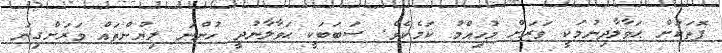
ފޮތަކަށް ޙަވާލާދިނުމަކީ ވަރަށް މުހިއްމު ކަމެކެވެ. ސަބަބަކީ ޙަވާލާނުދީ ހުންނަ ލިޔުންތައް ވަރަށްގިނަ